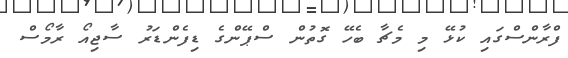
ފްރާންސްގައި ކުޅޭ މި މެޗާ ބެހޭ ގޮތުން ސްޕޭންގެ ޑިފެންޑަރު ސާޖިއޯ ރާމޯސް